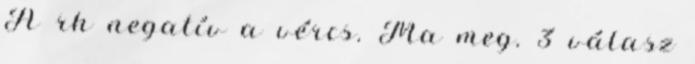
A rh negatív a vércs. Ma meg. 3 válasz